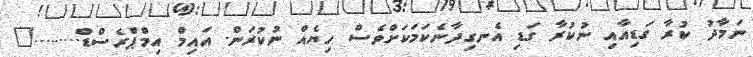
ނަމާދު ކުރާ ގަޑިއާއި ނުކުރާ ގަޑި އެނގިދާނެކަމަކަށްވެސް ހިޔެއް ނުކުރަން. އައިމް އިމްޕްރެސްޑް........."